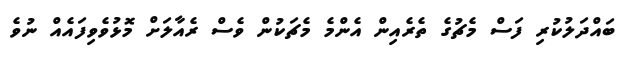
ބައްދަލުކުރި ފަސް މެޗުގެ ތެރެއިން އެންމެ މެޗަކުން ވެސް ރެއާލަށް މޮޅުވެވިފައެއް ނުވެ